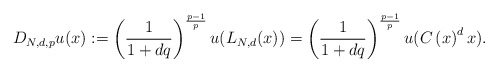
\begin{align*}D_{N,d,p}u(x):=\left( \frac{1}{1+dq}\right) ^{\frac{p-1}{p}}u(L_{N,d}(x))=\left( \frac{1}{1+dq}\right) ^{\frac{p-1}{p}}u(C\left( x\right)^{d}x).\end{align*}